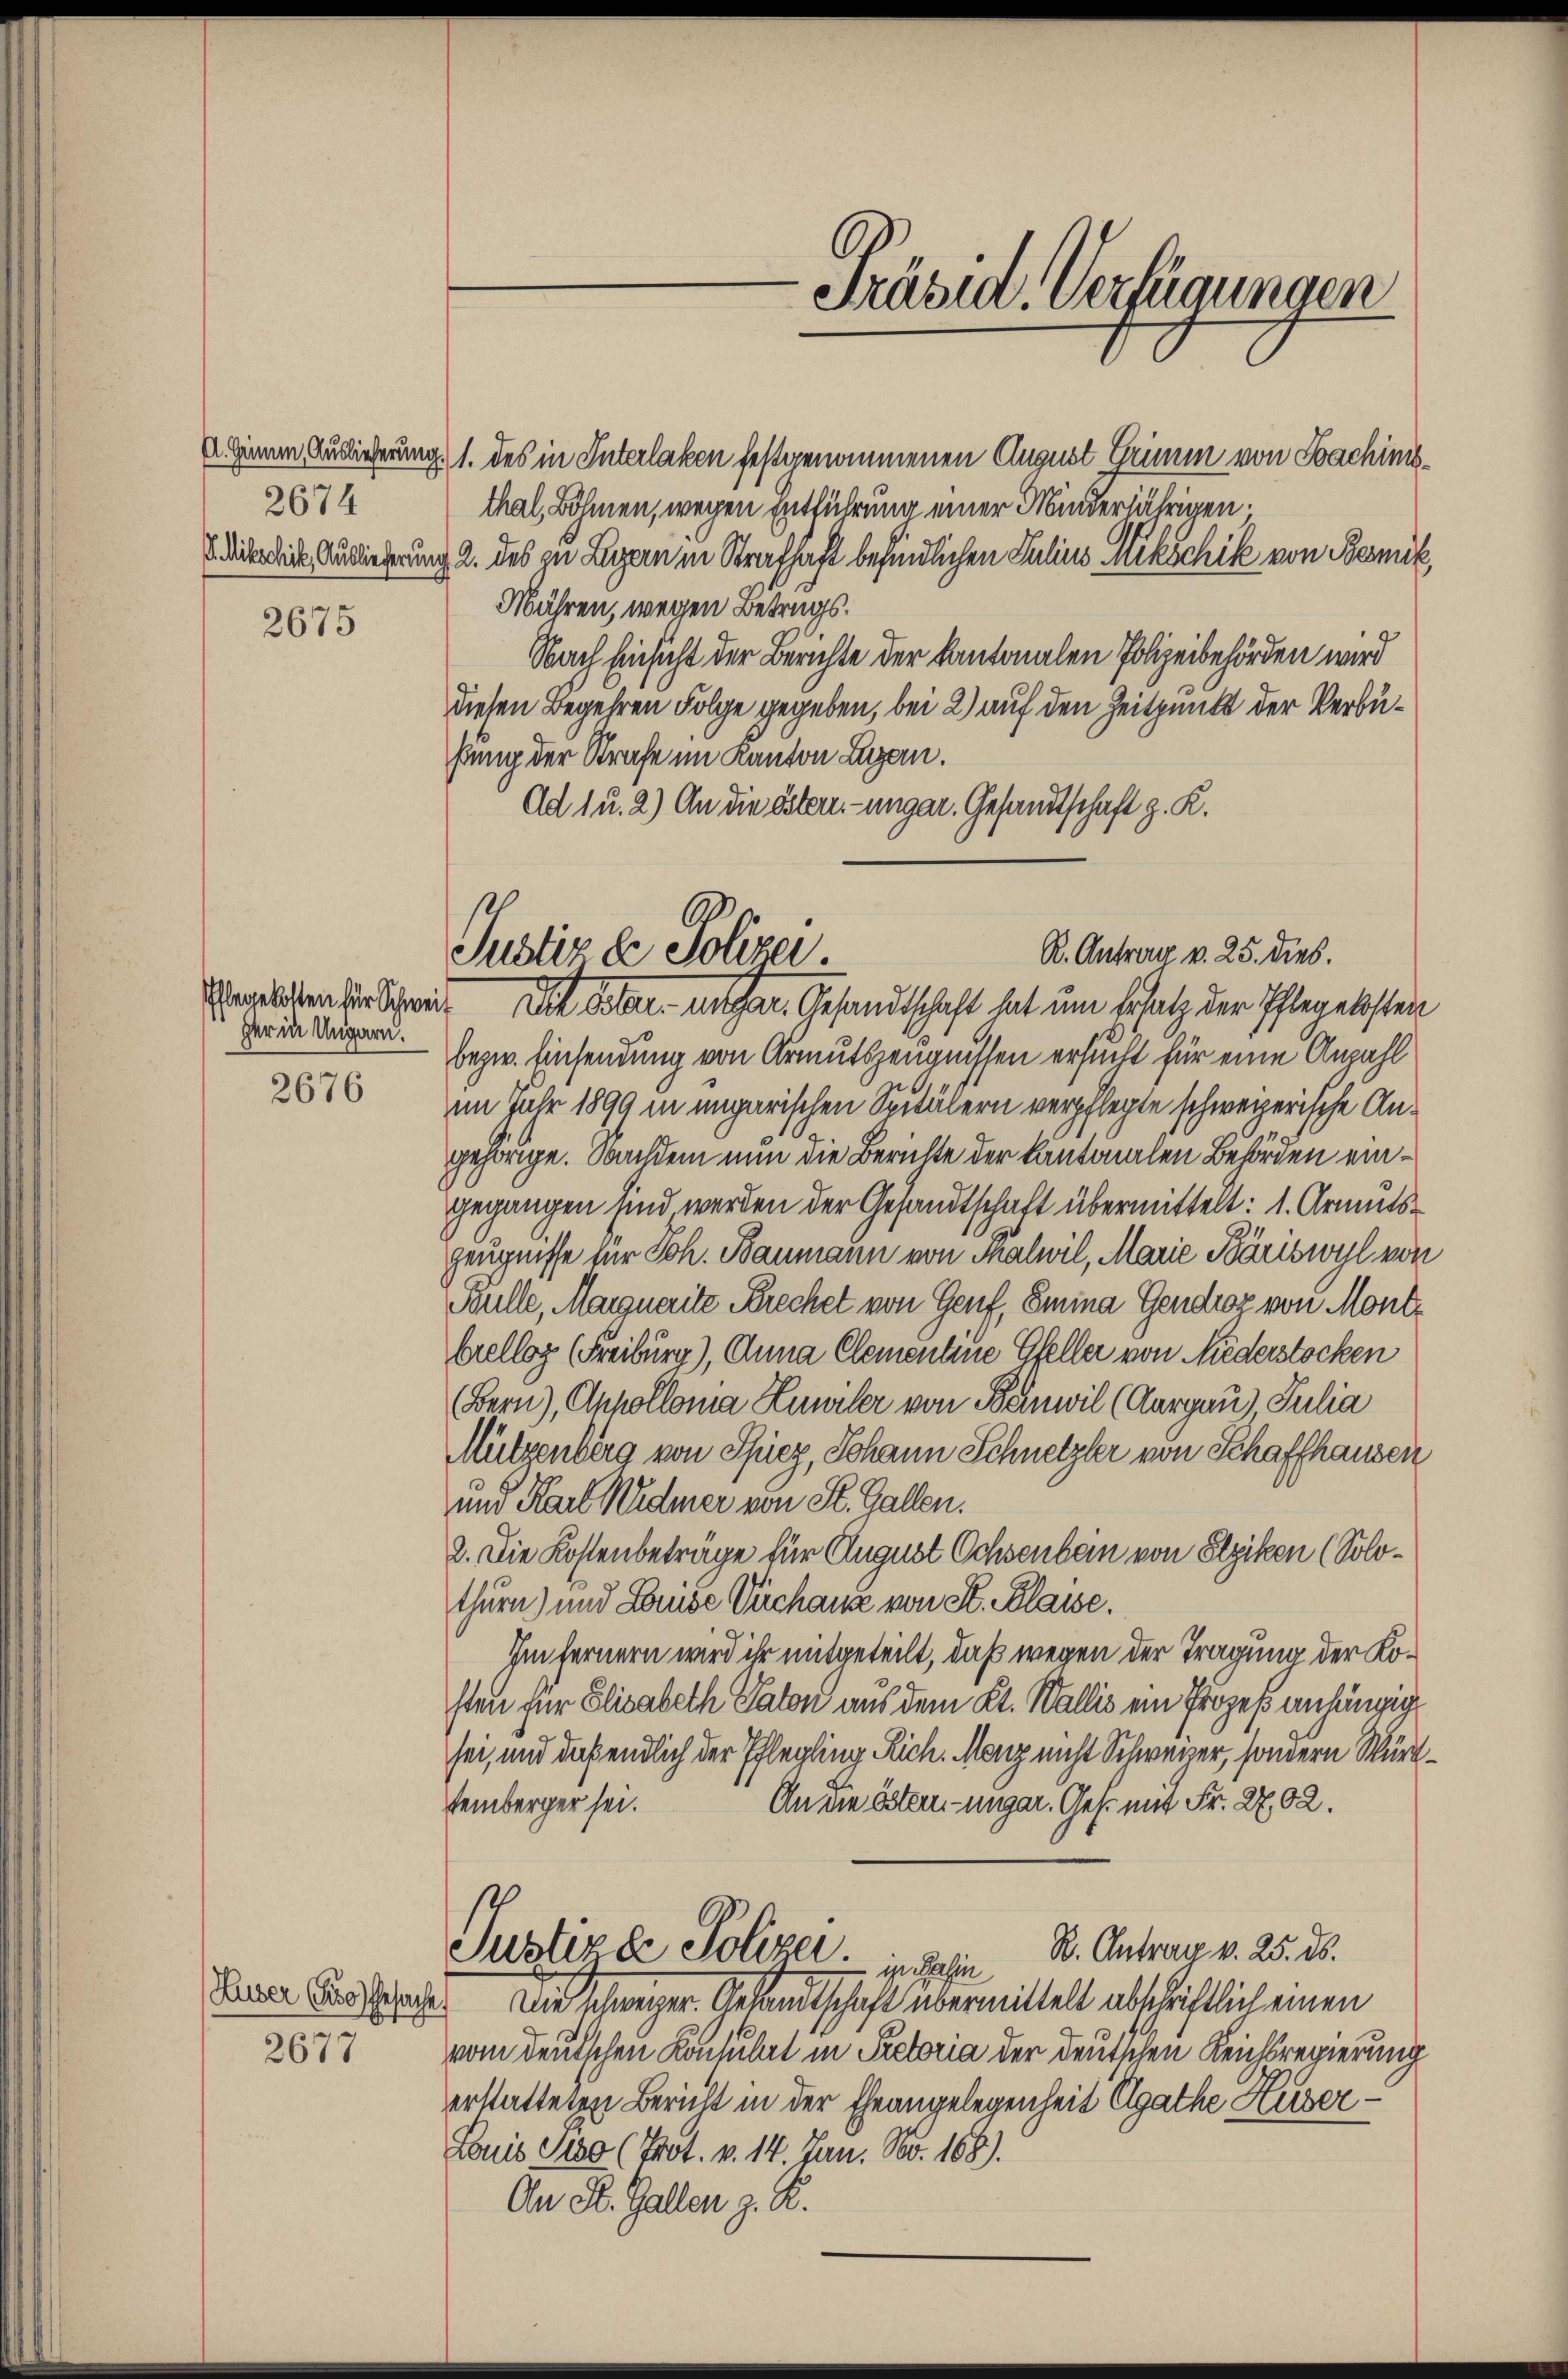
2674

2675

her in Ungarn.

2676

2677

R. Antrag v. 25. Dieb.
Justiz & Polizei.
arlosten sie schen. Die Gelen enthar. Gesandtschaft hat um Ersatz der Pflegelsten

U. Ginum Auslieferung, 1. des in Interlaken festgenommenen August Grimm von Sachinisthal, Böhmen, wegen Entführung einer Minderjährigen.
diebe die Auslieferung 2. des zu Luzern in Strafhaft befindlichen Julius Mikschik von Bernik,
Mähren, wegen Betrags¬
Nach Einsicht der Berichte der Kantonalen Polizeibehörden wird
diesen Begehren Folge gegeben, bei 2) auf den Zeitpunkt der Verbühung der Strafe im Kanton Luzern.
Ad 1 u. 2) An die östern-ungar. Gesandtschaft z. K.
bezw. Einsendung von Armutszeugnissen ersucht für eine Anzahl
im Jahr 1899 in ungarischen Spitälern verpflegte schweizerische Angehörige. Nachdem nun die Berichte der kantonalen Behörden eingegangen sind werden der Gesandtschaft übermittelt: 1. Armutszeugnisse für Joh. Baumann von Thalwil, Marie Bäriswyl von
Bulle, Margnerite Prechet von Genf, Smina Gendroz von Mont
Crellos (Freiburg), Anna Clementine Gfeller von Niederstocken
Bern), Anpollona Luwiler von Banwil (Aargau) Julia
Mützenberg von Spiez, Johann Schnetzler von Schaffhausen
und Karl Widmer von St. Gallen.
2. Die Kostenbeträge für August Ochsenbein von Slziken (Solothurn) und Lause Vichause von St. Classe.
Im fernern wird ihr mitgeteilt, daß wegen der Tragung der Kosten für Elisabeth Paton aus dem Kt. Wallis ein Prozeß anhängig
sei, und daß endlich der Pflegling Rich. Mai nicht Schweizer, sondern Würz
stemberger sei.
An die östen ungar. Ges. mit Fr. 27,02.
Justiz de Polizer in dahin K. Antrag v. 25. ds.
dner Ausspracht. Die schweiger Gesandtschaft übermittelt abschriftlich einen
vom deutschen Konsulat in Pectoria der deutschen Reichsregierung
erstatteten Bericht in der Eheangelegenheit Agathe Huser¬
Louis diso (Prot. v. 14 Jan. No. 168).
An St. Gallen z. B.

Präsia. Verfügungen